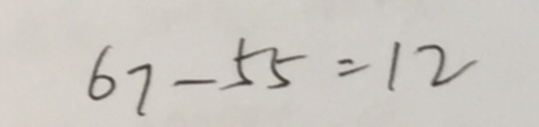
6 7 - 5 5 = 1 2